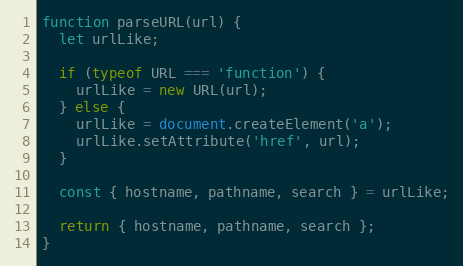
Language: JavaScript
function parseURL(url) {
  let urlLike;

  if (typeof URL === 'function') {
    urlLike = new URL(url);
  } else {
    urlLike = document.createElement('a');
    urlLike.setAttribute('href', url);
  }

  const { hostname, pathname, search } = urlLike;

  return { hostname, pathname, search };
}